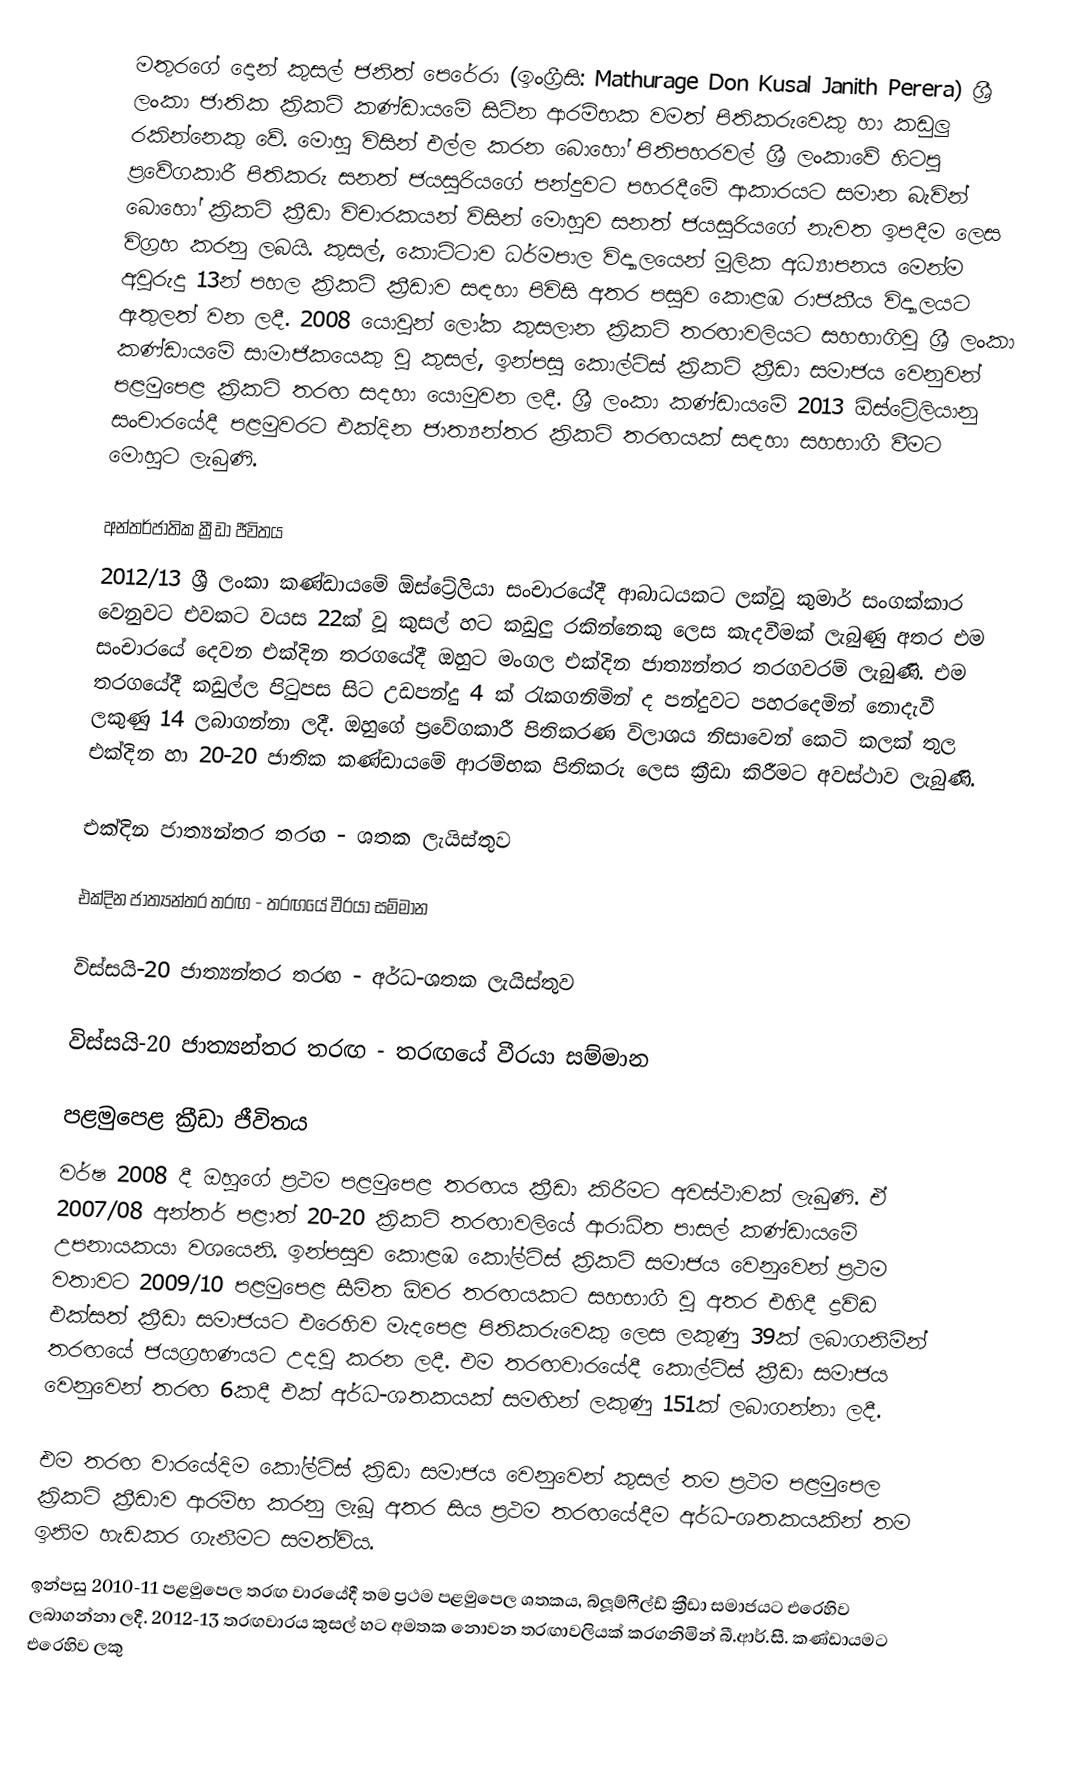
මතුරගේ දොන් කුසල් ජනිත් පෙරේරා  (ඉංග්‍රීසි: Mathurage Don Kusal Janith Perera) ශ්‍රී ලංකා ජාතික ක්‍රිකට් කණ්ඩායමේ සිටින ආරම්භක වමත් පිතිකරුවෙකු හා කඩුලු රකින්නෙකු වේ. මොහු විසින් එල්ල කරන බොහෝ පිතිපහරවල් ශ්‍රී ලංකාවේ හිටපු ප්‍රවේගකාරී පිතිකරු සනත් ජයසූරියගේ  පන්දුවට පහරදීමේ ආකාරයට සමාන බැවින් බොහෝ ක්‍රිකට් ක්‍රීඩා විචාරකයන් විසින් මොහුව සනත් ජයසූරියගේ නැවත ඉපදීම ලෙස විග්‍රහ කරනු ලබයි. කුසල්, කොට්ටාව ධර්මපාල විද්‍යාලයෙන් මූලික අධ්‍යාපනය මෙන්ම අවුරුදු 13න් පහල ක්‍රිකට් ක්‍රීඩාව සඳහා පිවිසි අතර පසුව කොළඹ රාජකීය විද්‍යාලයට ඇතුලත් වන ලදී. 2008 යොවුන් ලෝක කුසලාන ක්‍රිකට් තරඟාවලියට සහභාගිවූ ශ්‍රී ලංකා කණ්ඩායමේ සාමාජිකයෙකු වූ කුසල්, ඉන්පසු කොල්ට්ස් ක්‍රිකට් ක්‍රීඩා සමාජය වෙනුවන් පළමුපෙළ ක්‍රිකට් තරඟ සදහා යොමුවන ලදී. ශ්‍රී ලංකා කණ්ඩායමේ 2013 ඕස්ට්‍රේලියානු සංචාරයේදී පළමුවරට එක්දින ජාත්‍යන්තර ක්‍රිකට් තරඟයක් සඳහා සහභාගී වීමට මොහුට ලැබුණි.

අන්තර්ජාතික ක්‍රීඩා ජීවිතය
2012/13 ශ්‍රී ලංකා කණ්ඩායමේ ඕස්ට්‍රේලියා සංචාරයේදී ආබාධයකට ලක්වූ කුමාර් සංගක්කාර වෙනුවට එවකට වයස 22ක් වූ කුසල් හට කඩුලු රකින්නෙකු ලෙස කැදවීමක් ලැබුණු අතර එම සංචාරයේ දෙවන එක්දින තරගයේදී ඔහුට මංගල එක්දින ජාත්‍යන්තර තරගවරම් ලැබුණි. එම තරගයේදී කඩුල්ල පිටුපස සිට උඩපන්දු 4 ක් රැකගනිමින් ද පන්දුවට පහරදෙමින් නොදැවී ලකුණු 14 ලබාගන්නා ලදී. ඔහුගේ ප්‍රවේගකාරී පිතිකරණ විලාශය නිසාවෙන් කෙටි කලක් තුල එක්දින හා 20-20 ජාතික කණ්ඩායමේ ආරම්භක පිතිකරු ලෙස ක්‍රීඩා කිරීමට අවස්ථාව ලැබුණි.

එක්දින ජාත්‍යන්තර තරඟ - ශතක ලැයිස්තුව

එක්දින ජාත්‍යන්තර තරඟ - තරඟයේ වීරයා සම්මාන

විස්සයි-20 ජාත්‍යන්තර තරඟ - අර්ධ-ශතක ලැයිස්තුව

විස්සයි-20 ජාත්‍යන්තර තරඟ - තරඟයේ වීරයා සම්මාන

පළමුපෙළ ක්‍රීඩා ජීවිතය
වර්ෂ 2008 දී ඔහුගේ ප්‍රථම පළමුපෙළ තරඟය ක්‍රීඩා කිරීමට අවස්ථාවක් ලැබුණි. ඒ 2007/08 අන්තර් පළාත් 20-20 ක්‍රිකට් තරඟාවලියේ ආරාධිත පාසල් කණ්ඩායමේ උපනායකයා වශයෙනි. ඉන්පසුව කොළඹ කෝල්ට්ස් ක්‍රිකට් සමාජය වෙනුවෙන් ප්‍රථම වතාවට 2009/10 පළමුපෙළ සීමිත ඕවර තරඟයකට සහභාගී වූ අතර එහිදී ද්‍රවිඩ එක්සත් ක්‍රීඩා සමාජයට එරෙහිව මැදපෙළ පිතිකරුවෙකු ලෙස ලකුණු 39ක් ලබාගනිමින් තරඟයේ ජයග්‍රහණයට උදවු කරන ලදී. එම තරඟවාරයේදී කොල්ට්ස් ක්‍රීඩා සමාජය වෙනුවෙන් තරඟ 6කදී එක් අර්ධ-ශතකයක් සමඟින් ලකුණු 151ක් ලබාගන්නා ලදී.

එම තරඟ වාරයේදිම කෝල්ට්ස් ක්‍රිඩා සමාජය වෙනුවෙන් කුසල් තම ප්‍රථම පළමුපෙල ක්‍රිකට් ක්‍රීඩාව ආරම්භ කරනු ලැබූ අතර සිය ප්‍රථම තරඟයේදීම අර්ධ-ශතකයකින් තම ඉනිම හැඩකර ගැනීමට සමත්විය.
ඉන්පසු 2010-11 පළමුපෙල තරඟ වාරයේදී තම ප්‍රථම පළමුපෙල ශතකය, බ්ලූම්ෆීල්ඩ් ක්‍රීඩා සමාජයට එරෙහිව ලබාගන්නා ලදී. 2012-13 තරඟවාරය කුසල් හට අමතක නොවන තරඟාවලියක් කරගනිමින් බී.ආර්.සී. කණ්ඩායමට එරෙහිව ලකු